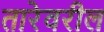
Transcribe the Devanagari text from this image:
तारेवरील